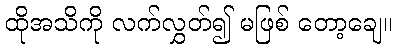
ထိုအသိကို လက်လွှတ်၍ မဖြစ် တော့ချေ။